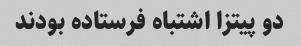
دو پیتزا اشتباه فرستاده بودند